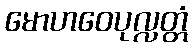
မောဟဝေပုလ္လတ္တံ